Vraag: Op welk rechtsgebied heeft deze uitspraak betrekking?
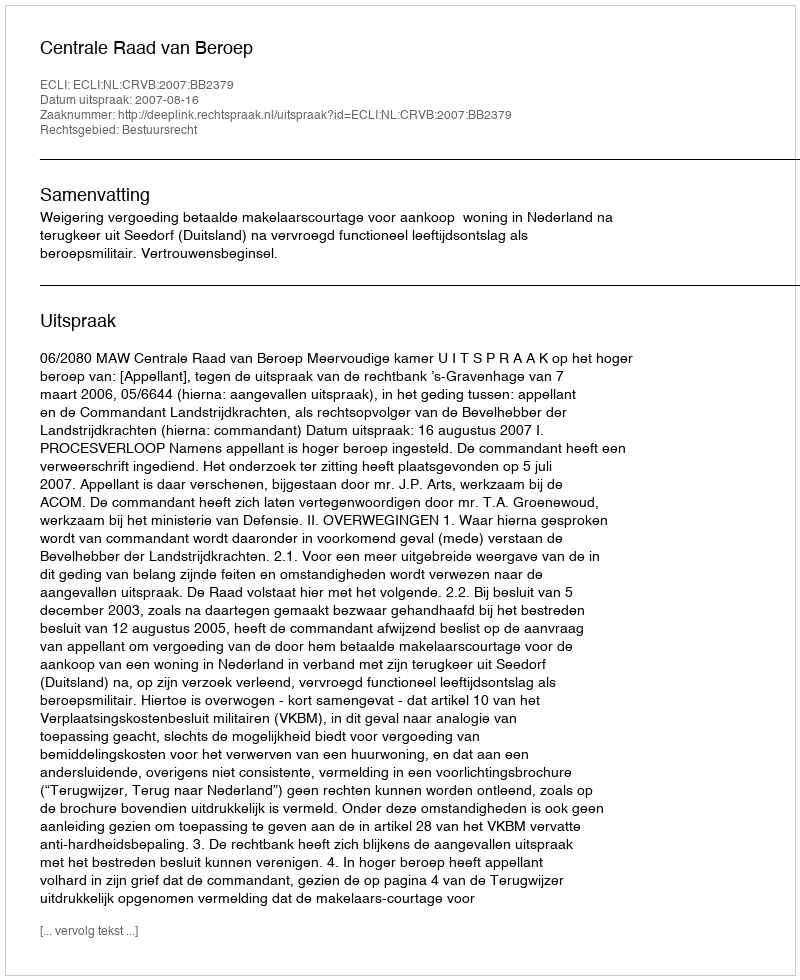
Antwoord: Bestuursrecht